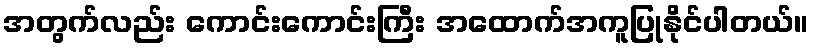
အတွက်လည်း ကောင်းကောင်းကြီး အထောက်အကူပြုနိုင်ပါတယ်။